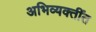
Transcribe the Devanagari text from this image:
अभिव्यक्तींत